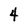
Character: 4